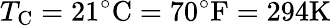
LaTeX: T_{\mathrm{{C}}}=21^{\circ}{\mathrm{C}}=70^{\circ}{\mathrm{F}}=294{\mathrm{K}}